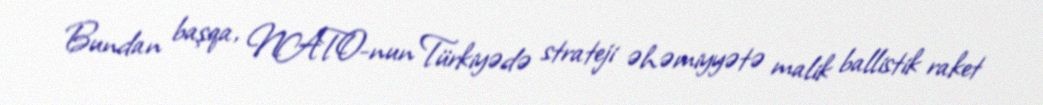
Bundan başqa, NATO-nun Türkiyədə strateji əhəmiyyətə malik ballistik raket